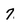
Character: 7